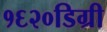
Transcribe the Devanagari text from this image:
१६२०डिग्री